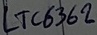
Text: LTC6362